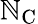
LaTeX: \mathbb{N}_{\mathrm{{C}}}